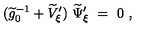
( \widetilde g _ { 0 } ^ { - 1 } + \widetilde V _ { \xi } ^ { \prime } ) \ \widetilde \Psi _ { \xi } ^ { \prime } \ = \ 0 \ ,